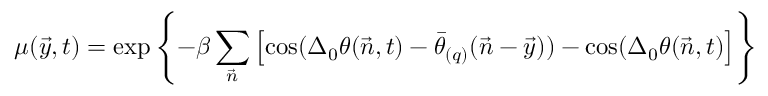
\mu ( \vec { y } , t ) = \exp \left\{ - \beta \sum _ { \vec { n } } \left[ \cos ( \Delta _ { 0 } \theta ( \vec { n } , t ) - \bar { \theta } _ { ( q ) } ( \vec { n } - \vec { y } ) ) - \cos ( \Delta _ { 0 } \theta ( \vec { n } , t ) \right] \right\}